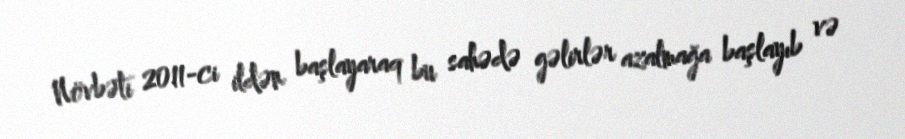
Növbəti 2011-ci ildən başlayaraq bu sahədə gəlirlər azalmağa başlayıb və